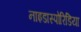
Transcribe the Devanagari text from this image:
नाइडास्पोरिडिया